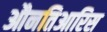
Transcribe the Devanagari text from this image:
औनतिआरिस